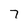
Character: 7